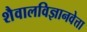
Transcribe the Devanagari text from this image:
शैवालविज्ञानवेत्ता